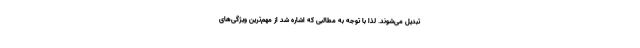
تبدیل می‌شوند. لذا با توجه به مطالبی که اشاره شد از مهم‌ترین ویژگی‌های